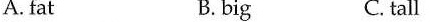
A. fat B.big C. tall